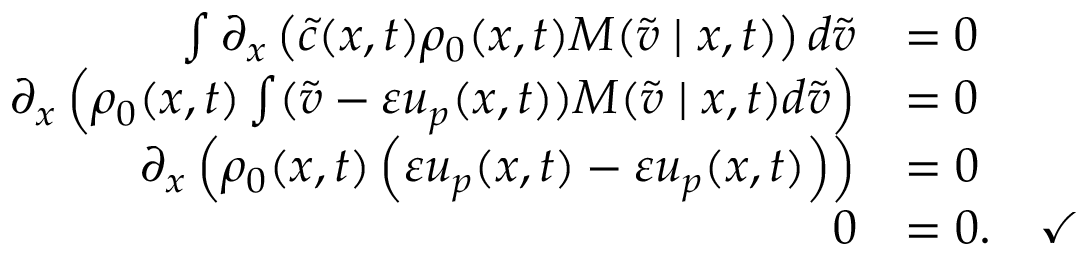
\begin{array} { r l } { \int \partial _ { x } \left( \tilde { c } ( x , t ) \rho _ { 0 } ( x , t ) M ( \tilde { v } \mid x , t ) \right) d \tilde { v } } & { = 0 } \\ { \partial _ { x } \left( \rho _ { 0 } ( x , t ) \int ( \tilde { v } - \varepsilon u _ { p } ( x , t ) ) M ( \tilde { v } \mid x , t ) d \tilde { v } \right) } & { = 0 } \\ { \partial _ { x } \left( \rho _ { 0 } ( x , t ) \left( \varepsilon u _ { p } ( x , t ) - \varepsilon u _ { p } ( x , t ) \right) \right) } & { = 0 } \\ { 0 } & { = 0 . \quad \checkmark } \end{array}